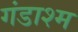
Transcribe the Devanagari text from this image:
गंडाश्म